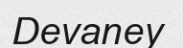
Devaney